Madras plague regulations in force outside the Presidency town - Volume 5
Disease focus: Plague
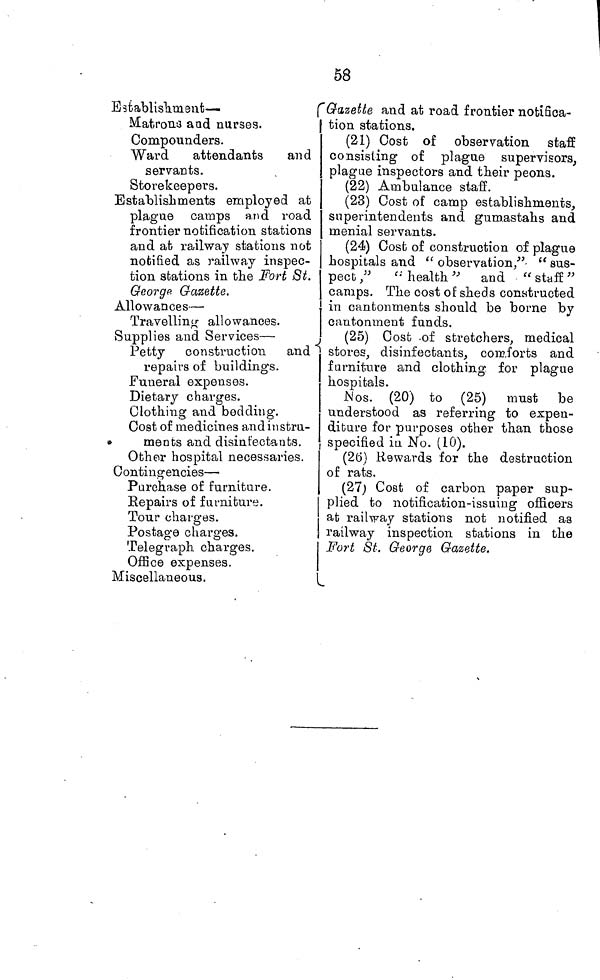
58
Establishment —
Matrona and nurses.
Compounders.
Ward
attendants and
servants.
Storekeepers.
Establishments employed at
plague camps and road
frontier notification stations
and at railway stations not
notified as railway inspec-
tion stations in the Fort St.
George Gazette.
Allowances —
Travelling allowances.
Supplies and Services —
Petty construction and
repairs of buildings.
Funeral expenses.
Dietary charges.
Clothing and bedding.
Cost of medicines and in stru-
ments and disinfectants.
Other hospital necessaries.
Contingencies —
Purchase of furniture.
Repairs of furniture.
Tour charges.
Postage charges.
Telegraph charges.
Office expenses.
Miscellaneous.
Gazette and at road frontier notifica-
tion stations.
(21) Cost of observation staff
consisting of plague supervisors,
plague inspectors and their peons.
(22) Ambulance staff.
(23) Cost of camp establishments,
superintendents and gumastahs and
menial servants.
(24) Cost of construction of plague
hospitals and "observation," "sus-
pect ," " health" and " staff "
camps. The cost of sheds constructed
I in cantonments should be borne by
cantonment funds.
(25) Cost of stretchers, medical
stores, disinfectants, comforts and
furniture and clothing for plague
hospitals.
M os. (20) to (25) must be
understood as referring to expen-
diture for purposes other than those
specified in No. (10).
(26) Rewards for the destruction
of rats.
(27) Cost of carbon paper sup-
plied to notification-issuing officers
at railway stations not notified as
railway inspection stations in the
Fort St. George Gazette.
.